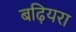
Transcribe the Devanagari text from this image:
बढ़ियरा